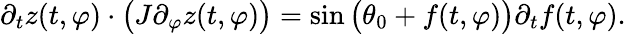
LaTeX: \partial_{t}z(t,\varphi)\cdot\big(J\partial_{\varphi}z(t,\varphi)\big)=\sin\big(\theta_{0}+f(t,\varphi)\big)\partial_{t}f(t,\varphi).